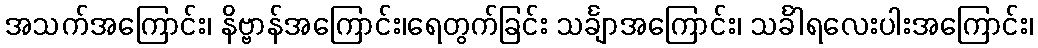
အသက်အကြောင်း၊ နိဗ္ဗာန်အကြောင်း၊ရေတွက်ခြင်း သင်္ချာအကြောင်း၊ သင်္ခါရလေးပါးအကြောင်း၊